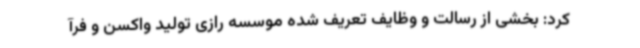
کرد: بخشی از رسالت و وظایف تعریف شده موسسه رازی تولید واکسن و فرآ